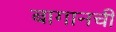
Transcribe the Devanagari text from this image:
बागानची